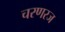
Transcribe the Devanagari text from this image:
चरणरज